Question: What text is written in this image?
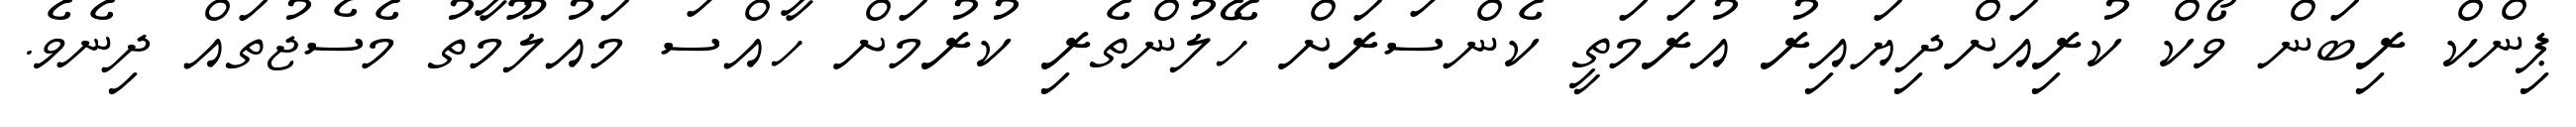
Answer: ޕިންކް ރިބަން ވޯކް ކުރިއަށްދިޔައިރު އުރަމަތީ ކެންސަރަށް ހޭލުންތެރި ކުރުމަށް ހާއްސަ މައުލޫމާތު މެސެޖުތައް ދިނެވެ.